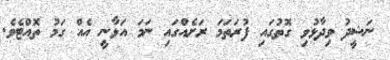
ނަޝީދު ވިދާޅުވި ގޮތުގައި ފުރަތަމަ ރަށެއްގައި ނަމަ އަޅާނީ އެއް ގަމު ތޮއްޓެވެ.